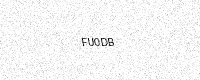
Text: FU0DB